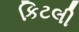
કિટલી